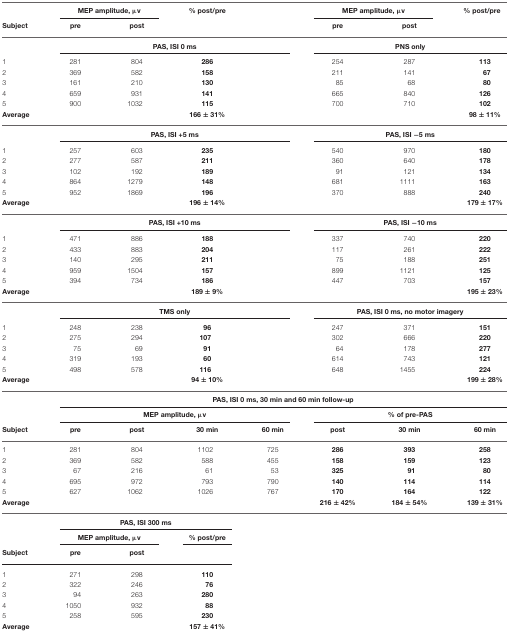
<table><thead><tr><td></td><td colspan="2"><b>MEP amplitude, μv</b></td><td><b>% post/pre</b></td><td></td><td colspan="2"><b>MEP amplitude, μv</b></td><td><b>% post/pre</b></td></tr><tr><td><b>Subject</b></td><td><b>pre</b></td><td><b>post</b></td><td></td><td></td><td><b>pre</b></td><td><b>post</b></td></tr></thead><tbody><tr><td></td><td colspan="4"><b>PAS, ISI 0 ms</b></td><td colspan="3"><b>PNS only</b></td></tr><tr><td>1</td><td>281</td><td>804</td><td><b>286</b></td><td></td><td>254</td><td>287</td><td><b>113</b></td></tr><tr><td>2</td><td>369</td><td>582</td><td><b>158</b></td><td></td><td>211</td><td>141</td><td><b>67</b></td></tr><tr><td>3</td><td>161</td><td>210</td><td><b>130</b></td><td></td><td>85</td><td>68</td><td><b>80</b></td></tr><tr><td>4</td><td>659</td><td>931</td><td><b>141</b></td><td></td><td>665</td><td>840</td><td><b>126</b></td></tr><tr><td>5</td><td>900</td><td>1032</td><td><b>115</b></td><td></td><td>700</td><td>710</td><td><b>102</b></td></tr><tr><td><b>Average</b></td><td></td><td></td><td><b>166 ± 31%</b></td><td></td><td></td><td></td><td><b>98 ± 11%</b></td></tr><tr><td></td><td colspan="4"><b>PAS, ISI +5 ms</b></td><td colspan="3"><b>PAS, ISI −5 ms</b></td></tr><tr><td>1</td><td>257</td><td>603</td><td><b>235</b></td><td></td><td>540</td><td>970</td><td><b>180</b></td></tr><tr><td>2</td><td>277</td><td>587</td><td><b>211</b></td><td></td><td>360</td><td>640</td><td><b>178</b></td></tr><tr><td>3</td><td>102</td><td>192</td><td><b>189</b></td><td></td><td>91</td><td>121</td><td><b>134</b></td></tr><tr><td>4</td><td>864</td><td>1279</td><td><b>148</b></td><td></td><td>681</td><td>1111</td><td><b>163</b></td></tr><tr><td>5</td><td>952</td><td>1869</td><td><b>196</b></td><td></td><td>370</td><td>888</td><td><b>240</b></td></tr><tr><td><b>Average</b></td><td></td><td></td><td><b>196 ± 14%</b></td><td></td><td></td><td></td><td><b>179 ± 17%</b></td></tr><tr><td></td><td colspan="4"><b>PAS, ISI +10 ms</b></td><td colspan="3"><b>PAS, ISI −10 ms</b></td></tr><tr><td>1</td><td>471</td><td>886</td><td><b>188</b></td><td></td><td>337</td><td>740</td><td><b>220</b></td></tr><tr><td>2</td><td>433</td><td>883</td><td><b>204</b></td><td></td><td>117</td><td>261</td><td><b>222</b></td></tr><tr><td>3</td><td>140</td><td>295</td><td><b>211</b></td><td></td><td>75</td><td>188</td><td><b>251</b></td></tr><tr><td>4</td><td>959</td><td>1504</td><td><b>157</b></td><td></td><td>899</td><td>1121</td><td><b>125</b></td></tr><tr><td>5</td><td>394</td><td>734</td><td><b>186</b></td><td></td><td>447</td><td>703</td><td><b>157</b></td></tr><tr><td><b>Average</b></td><td></td><td></td><td><b>189 ± 9%</b></td><td></td><td></td><td></td><td><b>195 ± 23%</b></td></tr><tr><td></td><td colspan="4"><b>TMS only</b></td><td colspan="3"><b>PAS, ISI 0 ms, no motor imagery</b></td></tr><tr><td>1</td><td>248</td><td>238</td><td><b>96</b></td><td></td><td>247</td><td>371</td><td><b>151</b></td></tr><tr><td>2</td><td>275</td><td>294</td><td><b>107</b></td><td></td><td>302</td><td>666</td><td><b>220</b></td></tr><tr><td>3</td><td>75</td><td>69</td><td><b>91</b></td><td></td><td>64</td><td>178</td><td><b>277</b></td></tr><tr><td>4</td><td>319</td><td>193</td><td><b>60</b></td><td></td><td>614</td><td>743</td><td><b>121</b></td></tr><tr><td>5</td><td>498</td><td>578</td><td><b>116</b></td><td></td><td>648</td><td>1455</td><td><b>224</b></td></tr><tr><td><b>Average</b></td><td></td><td></td><td><b>94 ± 10%</b></td><td></td><td></td><td></td><td><b>199 ± 28%</b></td></tr><tr><td></td><td colspan="7"><b>PAS, ISI 0 ms, 30 min and 60 min follow-up</b></td></tr><tr><td></td><td colspan="4"><b>MEP amplitude, μv</b></td><td colspan="3"><b>% of pre-PAS</b></td></tr><tr><td><b>Subject</b></td><td><b>pre</b></td><td><b>post</b></td><td><b>30 min</b></td><td><b>60 min</b></td><td><b>post</b></td><td><b>30 min</b></td><td><b>60 min</b></td></tr><tr><td>1</td><td>281</td><td>804</td><td>1102</td><td>725</td><td><b>286</b></td><td><b>393</b></td><td><b>258</b></td></tr><tr><td>2</td><td>369</td><td>582</td><td>588</td><td>455</td><td><b>158</b></td><td><b>159</b></td><td><b>123</b></td></tr><tr><td>3</td><td>67</td><td>216</td><td>61</td><td>53</td><td><b>325</b></td><td><b>91</b></td><td><b>80</b></td></tr><tr><td>4</td><td>695</td><td>972</td><td>793</td><td>790</td><td><b>140</b></td><td><b>114</b></td><td><b>114</b></td></tr><tr><td>5</td><td>627</td><td>1062</td><td>1026</td><td>767</td><td><b>170</b></td><td><b>164</b></td><td><b>122</b></td></tr><tr><td><b>Average</b></td><td></td><td></td><td></td><td></td><td><b>216 ± 42%</b></td><td><b>184 ± 54%</b></td><td><b>139 ± 31%</b></td></tr><tr><td></td><td colspan="3"><b>PAS, ISI 300 ms</b></td></tr><tr><td></td><td colspan="2"><b>MEP amplitude, μv</b></td><td><b>% post/pre</b></td></tr><tr><td><b>Subject</b></td><td><b>pre</b></td><td><b>post</b></td></tr><tr><td>1</td><td>271</td><td>298</td><td><b>110</b></td></tr><tr><td>2</td><td>322</td><td>246</td><td><b>76</b></td></tr><tr><td>3</td><td>94</td><td>263</td><td><b>280</b></td></tr><tr><td>4</td><td>1050</td><td>932</td><td><b>88</b></td></tr><tr><td>5</td><td>258</td><td>595</td><td><b>230</b></td></tr><tr><td><b>Average</b></td><td></td><td></td><td><b>157 ± 41%</b></td></tr></tbody></table>